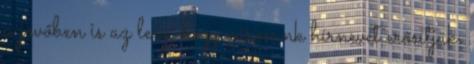
a jövőben is az lesz, hogy városunk hírnevét erősítjük.